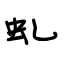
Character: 虬